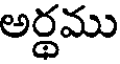
అర్థము